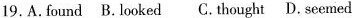
19.A.found B.looked C. thought D.seemed